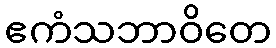
ဧကံသဘာဝိတေ